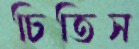
চিতিস